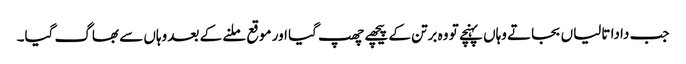
جب دادا تالیاں بجاتے وہاں پہنچے تو وہ برتن کے پیچھے چھپ گیا اور موقع ملنے کے بعد وہاں سے بھاگ گیا۔